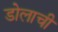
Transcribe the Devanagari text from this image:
डोलाची